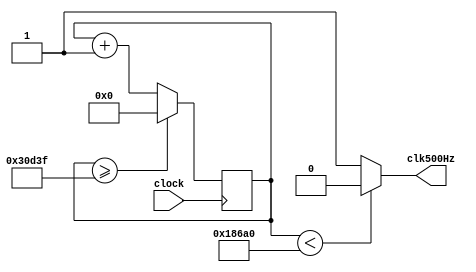
`timescale 1ns / 1ps
//////////////////////////////////////////////////////////////////////////////////
// Company: 
// Engineer: 
// 
// Design Name: 
// Module Name: ClockDivider
// Project Name: 
// Target Devices: 
// Tool Versions: 
// Description: 
// 
// Dependencies: 
// 
// Revision:
// Revision 0.01 - File Created
// Additional Comments:
// 
//////////////////////////////////////////////////////////////////////////////////


// module ClockDivider(clock,clk500Hz);
//     input clock;
//     output clk500Hz;
//     reg [17:0] Q;
//     reg clk500Hz;
//     always @(Q)
//     begin
//     if(Q==18'b110000110100111111) clk500Hz<=1'b1;
//     else clk500Hz=1'b0;
//     end
//     always @ (posedge clock)
//  if(clk500Hz==1'b1) Q={18'b110000110100111111};
//     else Q<=Q-1;

// endmodule
module ClockDivider(
    input clock,
    output clk500Hz
);
reg[27:0] counter = 28'd0;
parameter DIVISOR = 28'd200000;
always @(posedge clock) begin
    counter <= counter + 28'd1;
    if(counter >= (DIVISOR-1))
        counter <= 28'd0;
end
assign clk500Hz = (counter<DIVISOR/2)?1'b0:1'b1;

endmodule // ClockDivider